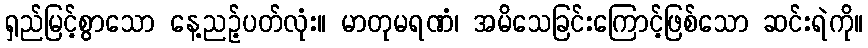
ရှည်မြင့်စွာသော နေ့ညဉ့်ပတ်လုံး။ မာတုမရဏံ၊ အမိသေခြင်းကြောင့်ဖြစ်သော ဆင်းရဲကို။